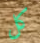
كل